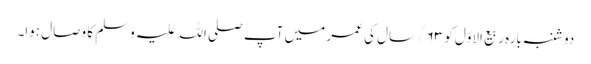
دو شنبہ بارہ ربیع الاوّل کو ۶۳/ سال کی عمر میں آپ صلی اللہ علیہ وَسلم کا وِصال ہوا۔